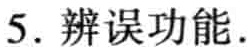
5. 辨误功能.